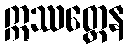
ဣဿတ္တေန